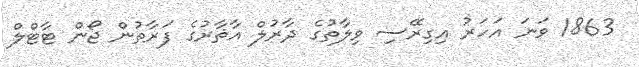
1863 ވަނަ އަހަރު އިގިރޭސި ވިލާތުގެ ދާރުލް އާޘާރުގެ ފަރާތުން ޖޯން ޓާޓްލް